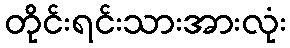
တိုင်းရင်းသားအားလုံး